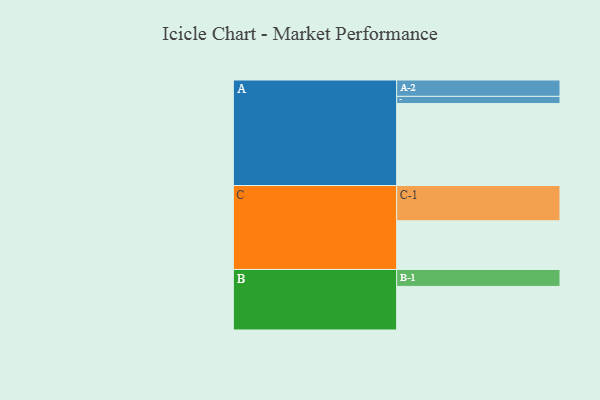
{"axis": {"x": "Segment", "y": "Value"}, "legend": ["", "A", "B", "C"], "data": [{"x": "A", "y": 581, "type": ""}, {"x": "B", "y": 309, "type": ""}, {"x": "C", "y": 345, "type": ""}, {"x": "A-1", "y": 51, "type": "A"}, {"x": "A-2", "y": 116, "type": "A"}, {"x": "B-1", "y": 120, "type": "B"}, {"x": "C-1", "y": 250, "type": "C"}]}